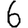
Digit: 6